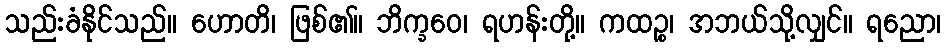
သည်းခံနိုင်သည်။ ဟောတိ၊ ဖြစ်၏။ ဘိက္ခဝေ၊ ရဟန်းတို့။ ကထဉ္စ၊ အဘယ်သို့လျှင်။ ရညော၊